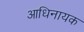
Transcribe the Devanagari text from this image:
आधिनायक